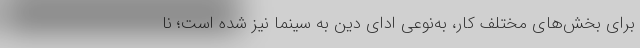
برای بخش‌های مختلف کار، به‌نوعی ادای دین به سینما نیز شده است؛ نا